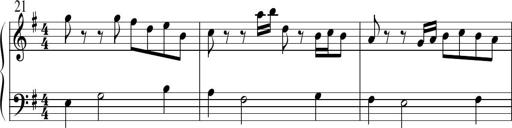
Title: Sonatine No.1 in E minor
Composer: Klaus Jung
Key: E minor